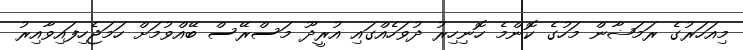
މިއަހަރުގެ ރަމަޟާން މަހުގެ ކޮންމެ ހޮނިހިރު ދުވަހެއްގައި އުރީދޫ މަސްރޭސް ބޭއްވުމަށް ހަމަޖެހިފައިވާއިރު